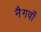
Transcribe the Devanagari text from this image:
नैगवाँ